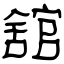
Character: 舘